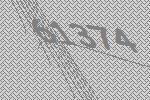
61374